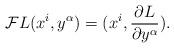
LaTeX: \begin{align*}{\mathcal F}{L}(x^{i}, y^{\alpha}) = (x^{i}, \frac{\partial L}{\partial y^{\alpha}}).\end{align*}